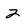
Character: 2